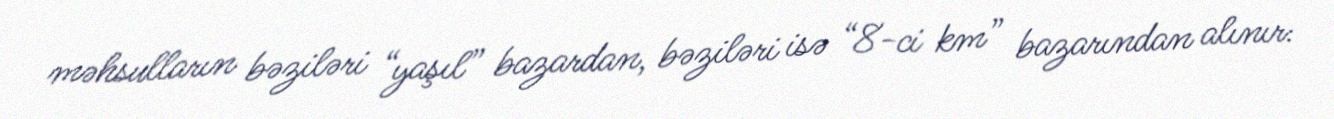
məhsulların bəziləri “yaşıl” bazardan, bəziləri isə “8-ci km” bazarından alınır: